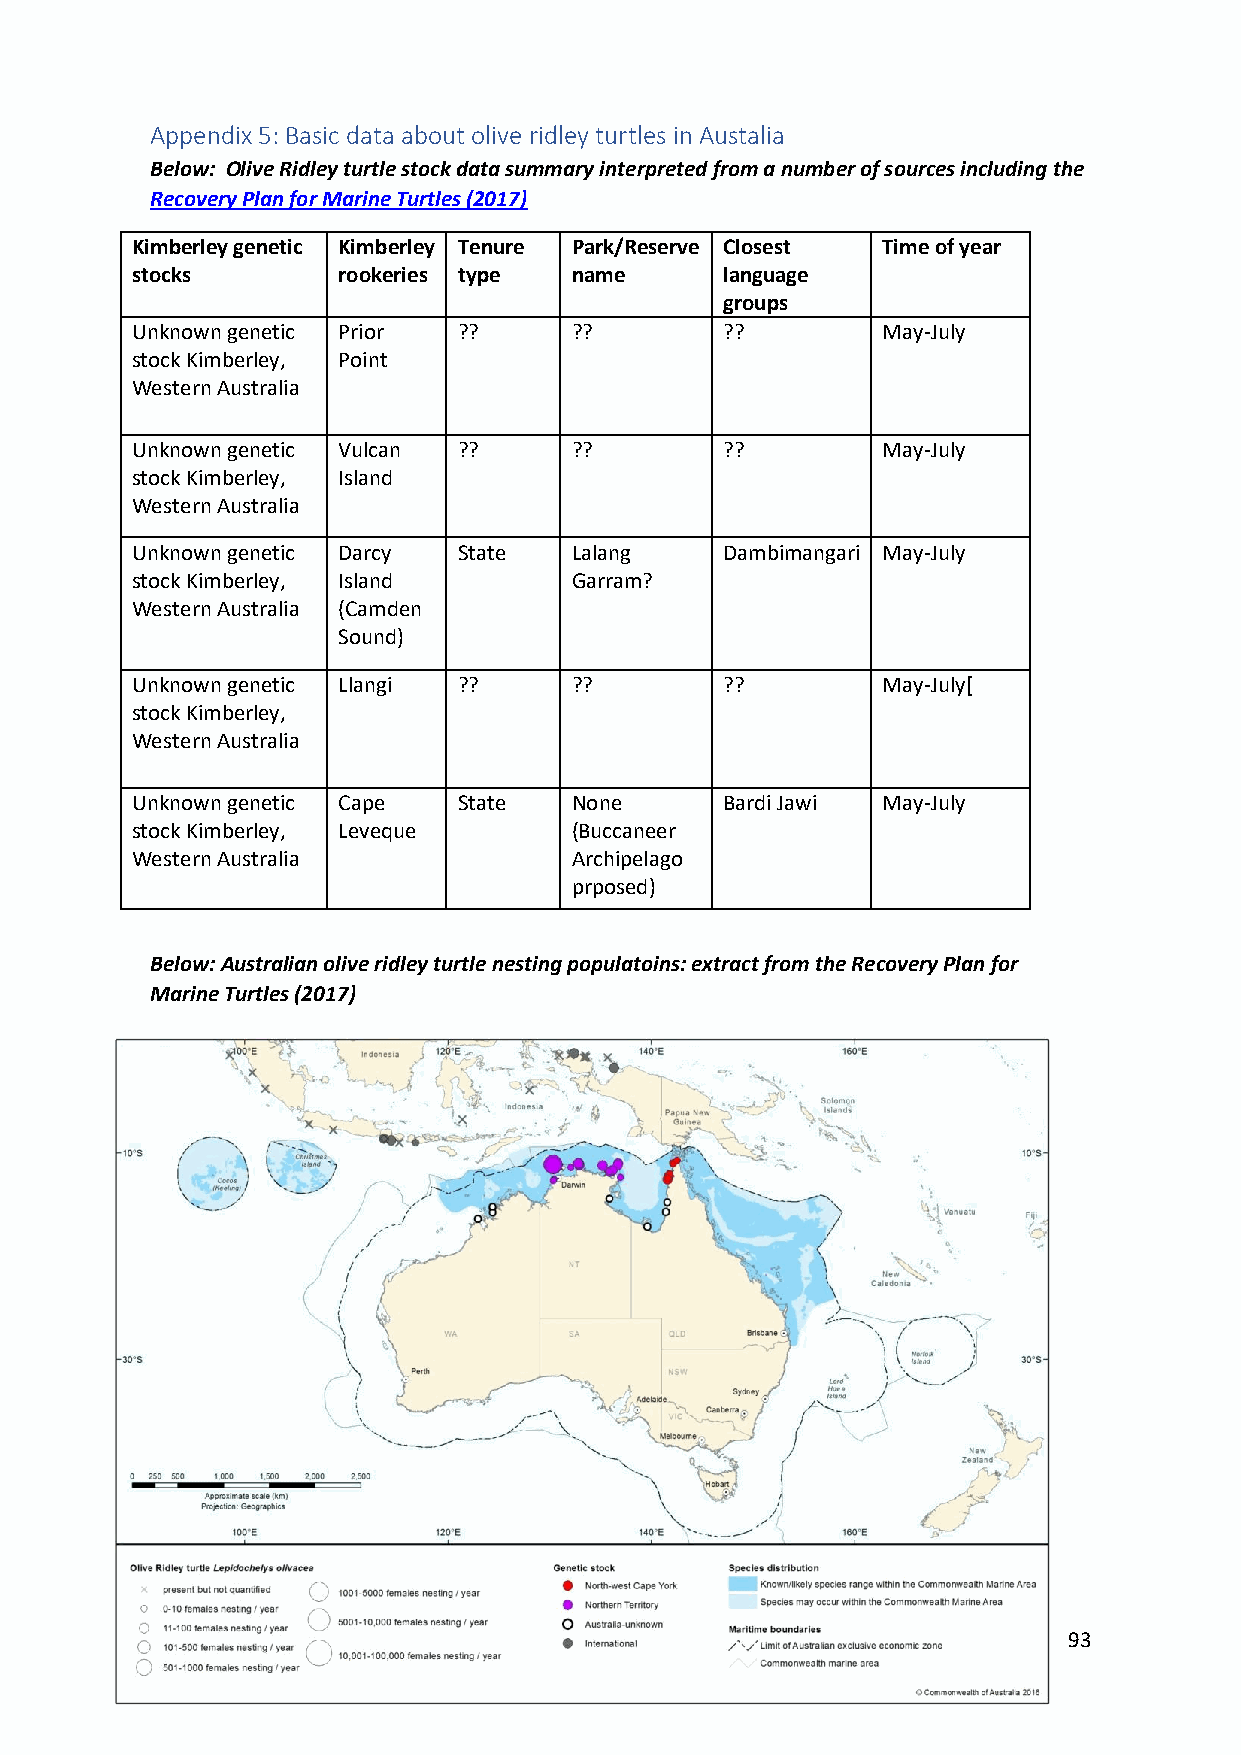
Appendix 5: Basic data about olive ridley turtles in Austalia
 Below: Olive Ridley turtle stock data summary interpreted from a number of sources including the
 Recovery Plan for Marine Turtles (2017)
 Kimberley genetic Kimberley Tenure Park/Reserve Closest Time of year
 stocks       rookeries type  name      language
 groups
 Unknown genetic Prior ??     ??        ??        May-July
 stock Kimberley, Point
 Western Australia
 Unknown genetic Vulcan ??    ??        ??        May-July
 stock Kimberley, Island
 Western Australia
 Unknown genetic Darcy State  Lalang    Dambimangari May-July
 stock Kimberley, Island      Garram?
 Western Australia (Camden
 Sound)
 Unknown genetic Llangi ??    ??        ??        May-July[
 stock Kimberley,
 Western Australia
 Unknown genetic Cape State   None      Bardi Jawi May-July
 stock Kimberley, Leveque     (Buccaneer
 Western Australia            Archipelago
 prposed)
 Below: Australian olive ridley turtle nesting populatoins: extract from the Recovery Plan for
 Marine Turtles (2017)
 93